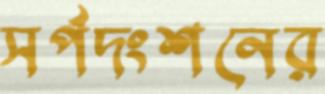
সর্পদংশনের